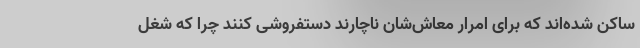
ساکن شده‌اند که برای امرار معاش‌شان ناچارند دستفروشی کنند چرا که شغل